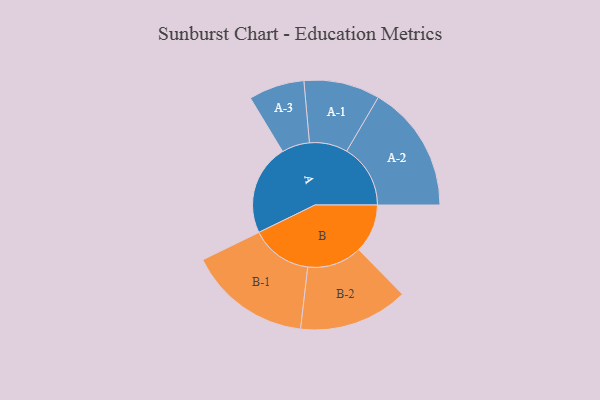
{"axis": {"x": "Segment", "y": "Value"}, "legend": ["", "A", "B"], "data": [{"x": "A", "y": 339, "type": ""}, {"x": "B", "y": 182, "type": ""}, {"x": "A-1", "y": 142, "type": "A"}, {"x": "A-2", "y": 238, "type": "A"}, {"x": "A-3", "y": 104, "type": "A"}, {"x": "B-1", "y": 229, "type": "B"}, {"x": "B-2", "y": 204, "type": "B"}]}